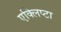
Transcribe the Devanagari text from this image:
एक्लिप्टा